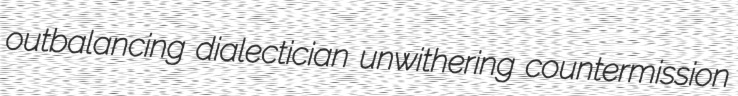
outbalancing dialectician unwithering countermission